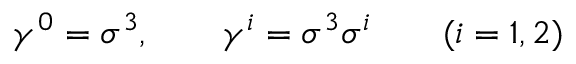
\gamma ^ { 0 } = \sigma ^ { 3 } , \qquad \gamma ^ { i } = \sigma ^ { 3 } \sigma ^ { i } \qquad ( i = 1 , 2 )